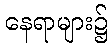
နေရာများ၌